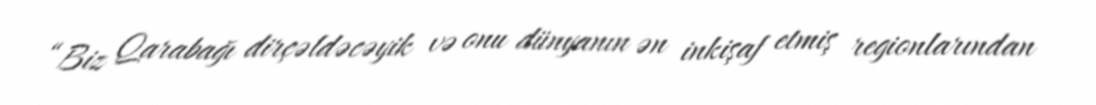
“Biz Qarabağı dirçəldəcəyik və onu dünyanın ən inkişaf etmiş regionlarından